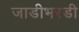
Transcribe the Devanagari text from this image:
जाडीभरडी